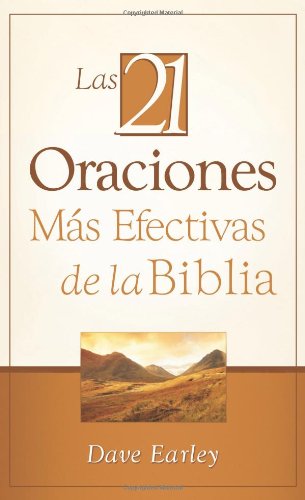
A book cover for Las 21 Oraciones MÃ¡s Efectivas de la Biblia: 21 Most Effective Prayers of the Bible (Spanish Edition); Dave Earley; Christian Books & Bibles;